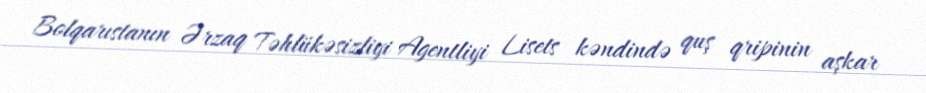
Bolqarıstanın Ərzaq Təhlükəsizliyi Agentliyi Lisets kəndində quş qripinin aşkar